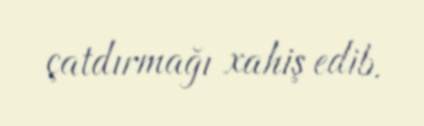
çatdırmağı xahiş edib.